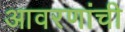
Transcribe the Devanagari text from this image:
आवरणांची